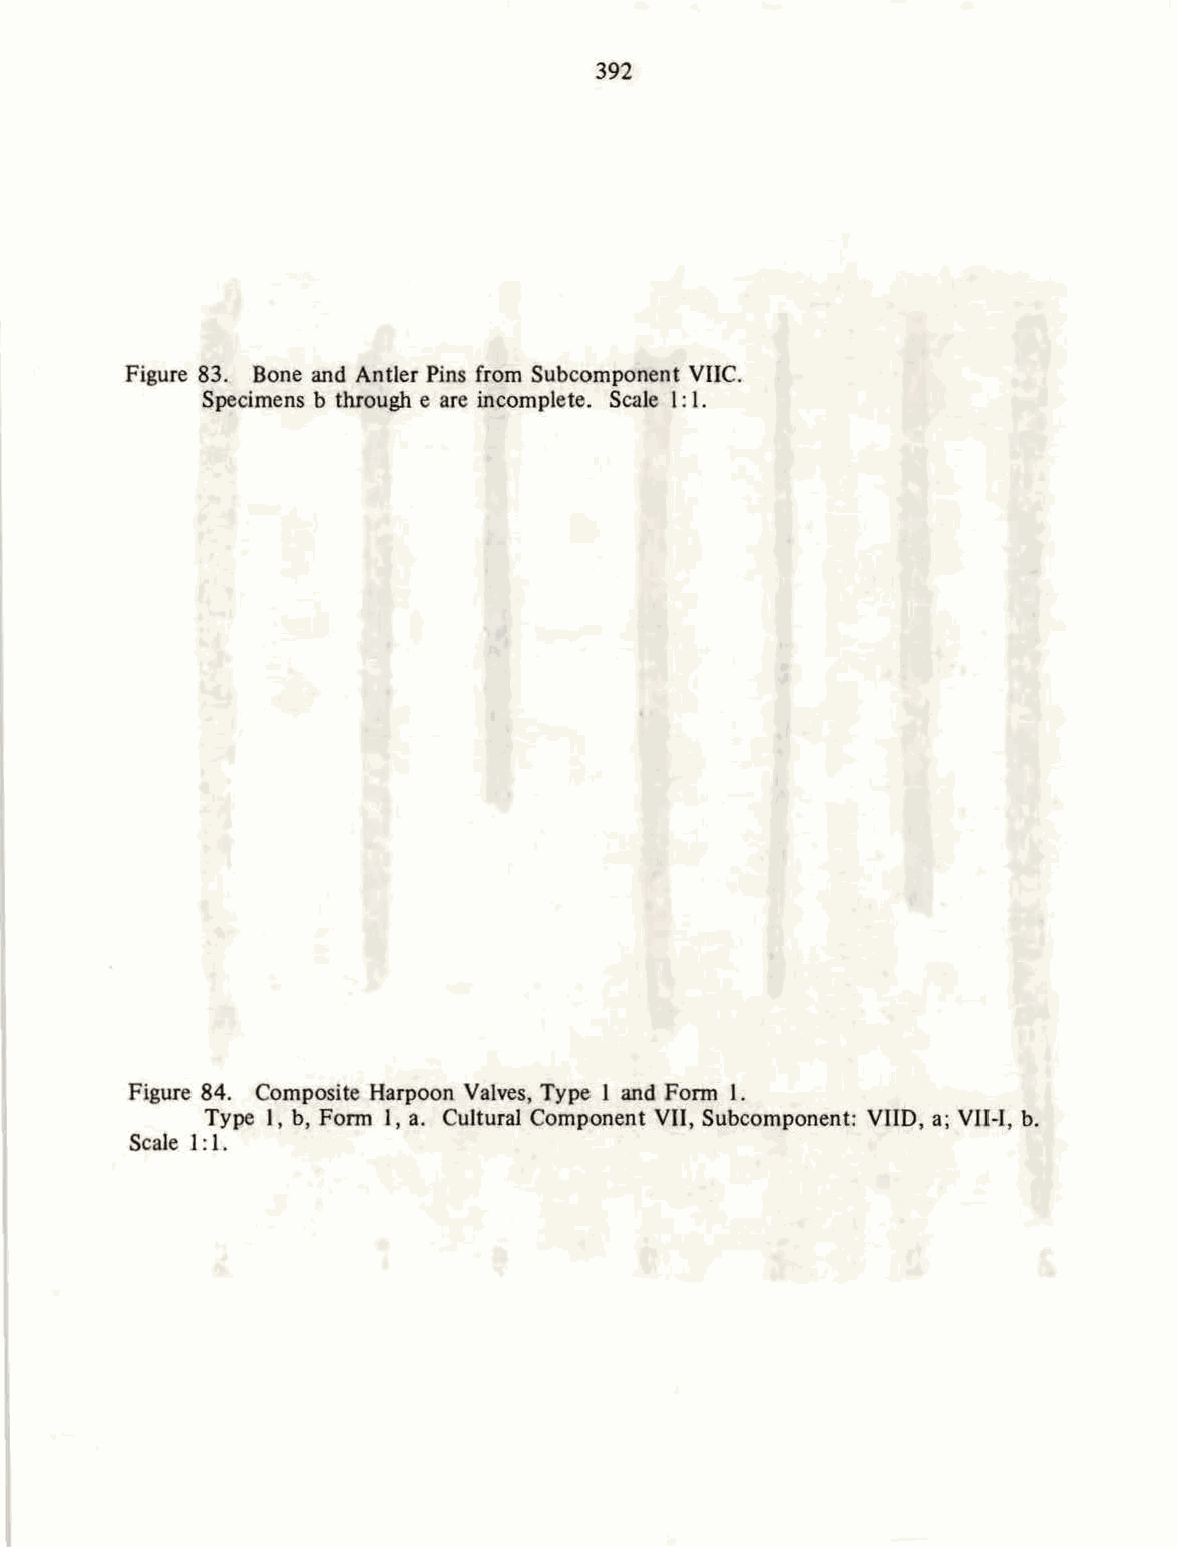
392
 Figure 83. Bone and Antler Pins from Subcomponent VIIC.
 Specimens b through e are incomplete. Scale I: I.
 Figure 84. Composite Harpoon Valves, Type 1 and Form 1.
 Type 1, b, Form 1, a. Cultural Component VII, Subcomponent: VIID, a; VII-I, b.
 Scale I: 1.